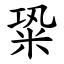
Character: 䊄